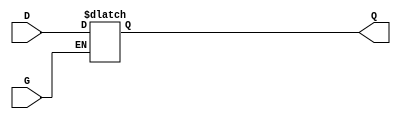
module GatedTransparentLatch (
    input wire D,      // Data Input
    input wire G,      // Enable Signal
    output reg Q       // Output
);

// Always block to implement the latch behavior
always @(*) begin
    if (G) begin
        // When G is HIGH, Q follows D
        Q = D;
    end
    // When G is LOW, Q retains its last value (latched state)
end

endmodule